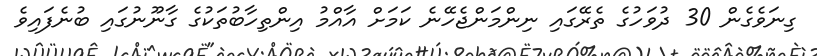
ގިނަވެގެން 30 ދުވަހުގެ ތެރޭގައި ނިންމަންޖެހޭނެ ކަމަށް އާއްމު އިންތިހާބުތަކުގެ ގާނޫނުގައި ބުނެފައިވެ